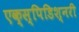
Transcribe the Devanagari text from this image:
एक्स्पिडिश्नरी